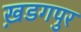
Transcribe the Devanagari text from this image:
ख़डगपुर